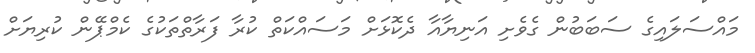
މައްސަލައިގެ ސަބަބުން ގެވެށި އަނިޔާއާ ދެކޮޅަށް މަސައްކަތް ކުރާ ފަރާތްތަކުގެ ކެމްޕޭން ކުރިޔަށް